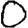
Digit: 0